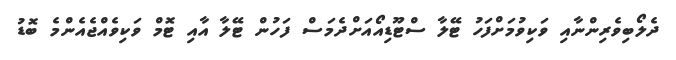
ދެލޯބިވެރިންނާއި ވަކިވުމަށްފަހު ޓޭލާ ސްޓޫޑިއޯއަށްދެމަސް ފަހުން ޓޭލާ އާއި ޓޮމް ވަކިވެއްޖެއެންމެ ބޮޑު